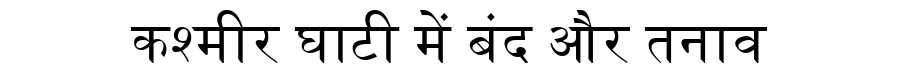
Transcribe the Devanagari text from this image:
कश्मीर घाटी में बंद और तनाव